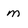
Character: m